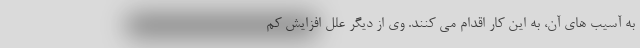
به آسیب های آن، به این کار اقدام می کنند. وی از دیگر علل افزایش کم